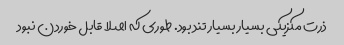
ذرت مکزیکی بسیار بسیار تند بود. طوری که اصلا قابل خوردن نبود